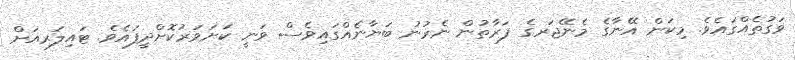
ވަގުތެއްގައެވެ. މިކަން އޭނާގެ މެނޭޖަރގެ ފަރާތުން ނެރުނު ބަޔާނެއްގައިވެސް ވަނީ ކަށަވަރުކޮށްދީފައެވެ. ޓައިލަރއަށް